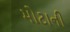
મોટાની